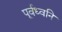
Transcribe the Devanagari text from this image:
पूर्वध्वनि